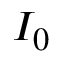
I _ { 0 }